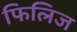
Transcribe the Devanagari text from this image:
फिलिज